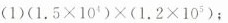
(1)(1.5\times 10{4})×(1.2\times 10{5})；